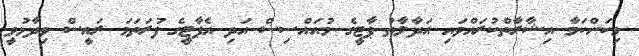
މިކަންކަމާ އިޝާރާތްކުރައްވައި އަދާލާތު ޕާޓީގެ މުއައްސިސް އަދި އެޕާޓީގެ ފުރަތަމަ ރައީސް ވިދާޅުވީ